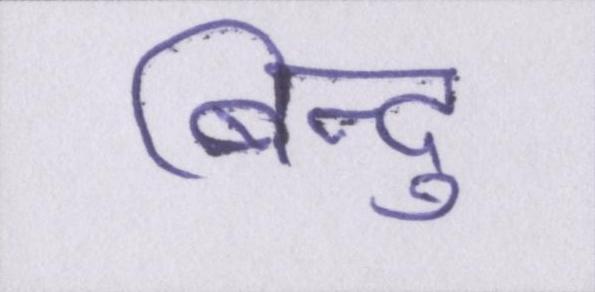
बिन्दु